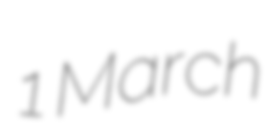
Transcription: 1 March